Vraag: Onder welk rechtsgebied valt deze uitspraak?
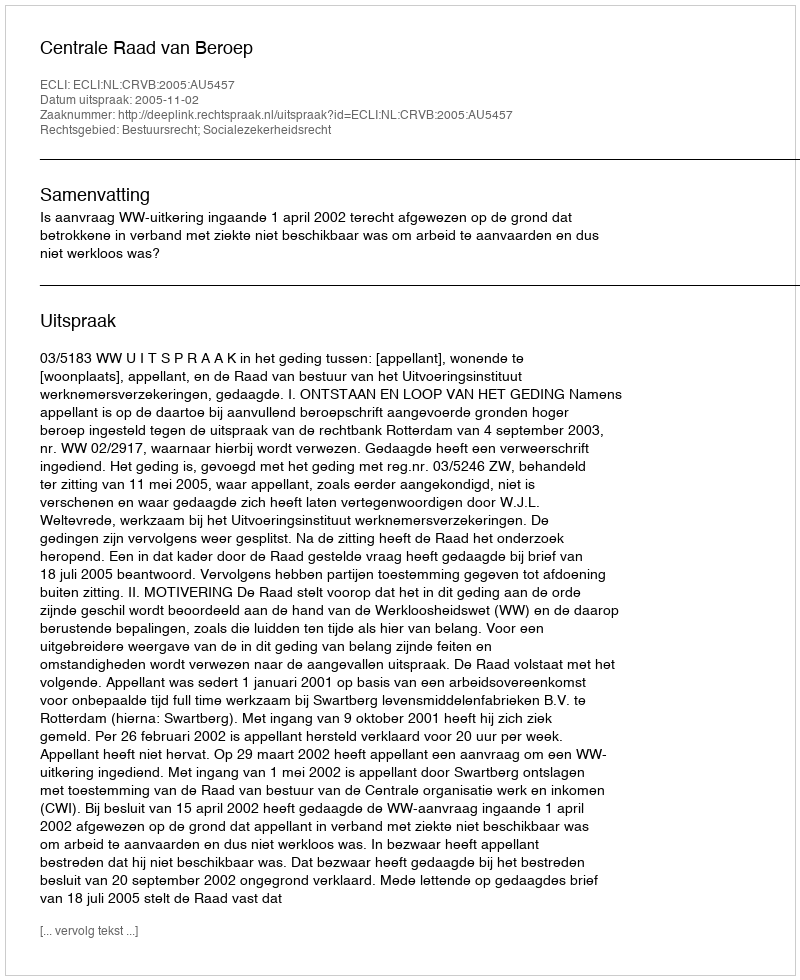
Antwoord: Bestuursrecht; Socialezekerheidsrecht